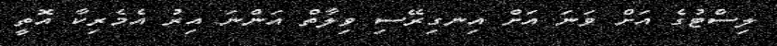
ލިސްޓުގެ އަށް ވަނަ އަށް އިނގިރޭސި ވިލާތް އަންނަ އިރު އެމެރިކާ އޮތީ